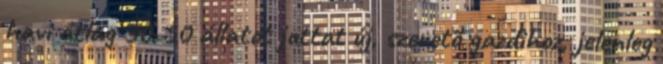
havi átlag 30-50 állatot juttat új, szeretõ gazdihoz, jelenleg